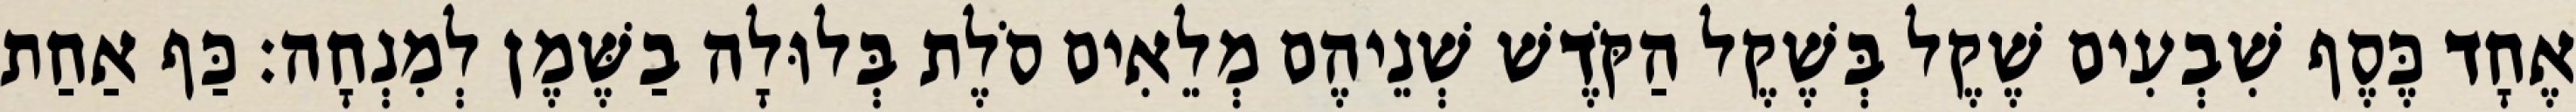
אֶחָד כֶּסֶף שִׁבְעִים שֶׁקֶל בְּשֶׁקֶל הַקֹּדֶשׁ שְׁנֵיהֶם מְלֵאִים סֹלֶת בְּלוּלָה בַשֶּׁמֶן לְמִנְחָה׃ כַּף אַחַת